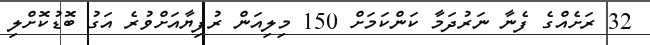
32 ރަށެއްގެ ފެނާ ނަރުދަމާ ކަންކަމަށް 150 މިލިއަން ރުފިޔާއަށްވުރެ އަގު ބޮޑުކޮށްލި